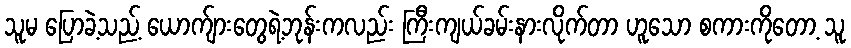
သူမ ပြောခဲ့သည့် ယောက်ျားတွေရဲ့ဘုန်းကလည်း ကြီးကျယ်ခမ်းနားလိုက်တာ ဟူသော စကားကိုတော့ သူ